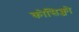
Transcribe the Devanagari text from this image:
कोसिक्जो